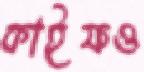
কাইফও